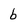
Character: b